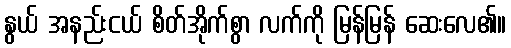
နွယ် အနည်းငယ် စိတ်အိုက်စွာ လက်ကို မြန်မြန် ဆေးလေ၏။